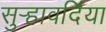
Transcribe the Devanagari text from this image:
सुर्‍हावर्दिया